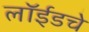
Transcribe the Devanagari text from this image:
लॉईडचे